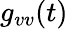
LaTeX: g_{vv}(t)